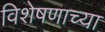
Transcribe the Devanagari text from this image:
विशेषणाच्या